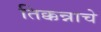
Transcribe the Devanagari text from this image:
तिक्कन्नाचे